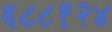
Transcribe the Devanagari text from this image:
६८८१२४